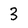
Character: 3